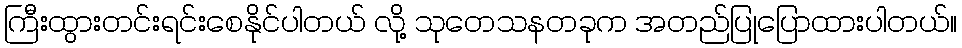
ကြီးထွားတင်းရင်းစေနိုင်ပါတယ် လို့ သုတေသနတခုက အတည်ပြုပြောထားပါတယ်။